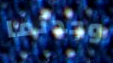
وجدتما